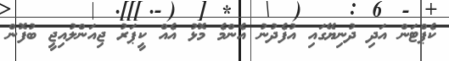
ކެޕްޓަން އަދި ދުނިޔޭގައި އުފެދުނު އެންމެ މޮޅު އެއް ކީޕަރު ޖިއަންލުއިޖީ ބުފޮން